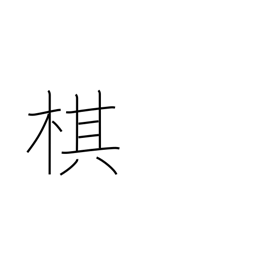
Meaning: chess piece